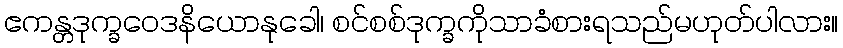
ဧကန္တဒုက္ခဝေဒနိယောနုခေါ၊ စင်စစ်ဒုက္ခကိုသာခံစားရသည်မဟုတ်ပါလား။